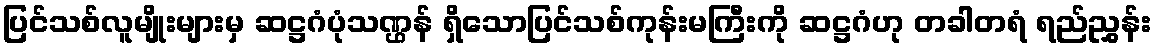
ပြင်သစ်လူမျိုးများမှ ဆဋ္ဌဂံပုံသဏ္ဌန် ရှိသောပြင်သစ်ကုန်းမကြီးကို ဆဋ္ဌဂံဟု တခါတရံ ရည်ညွှန်း